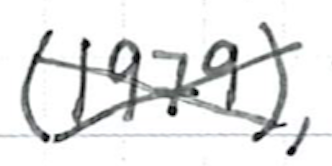
Text: (1979),
Cross-out: cross
Writing tool: ballpoint